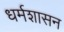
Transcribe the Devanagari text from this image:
धर्मशासन